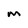
Character: M